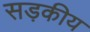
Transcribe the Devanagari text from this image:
सड़कीय